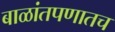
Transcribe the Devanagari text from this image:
बाळांतपणातच